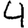
Digit: 4